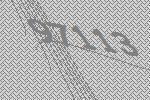
97113